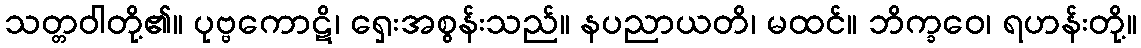
သတ္တဝါတို့၏။ ပုဗ္ဗကောဋိ၊ ရှေးအစွန်းသည်။ နပညာယတိ၊ မထင်။ ဘိက္ခဝေ၊ ရဟန်းတို့။